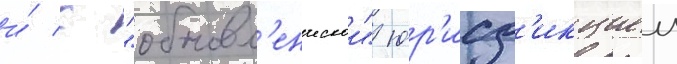
и́ с "обновл'енческои" юр'исд'икциеи